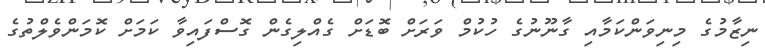
ނިޒާމުގެ މިނިވަންކަމާއި ގާނޫނުގެ ހުކުމް ވަރަށް ބޮޑަށް ގެއްލިިގެން ގޮސްފައިވާ ކަމަަށް ކޮމަންވެލްތުގެ